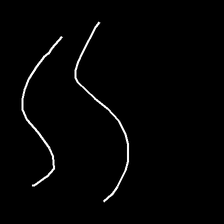
Glyph: float